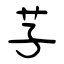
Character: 芓